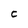
Character: C